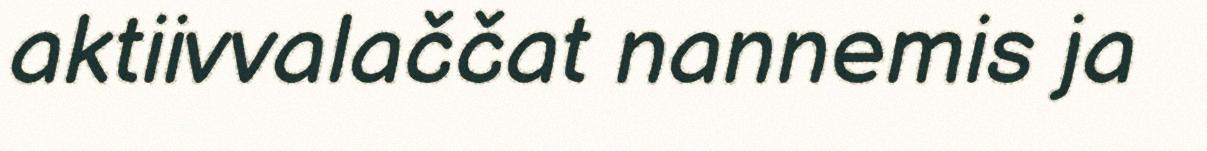
aktiivvalaččat nannemis ja